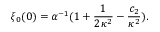
\xi _ { 0 } ( 0 ) = \alpha ^ { - 1 } ( 1 + \frac { 1 } { 2 \kappa ^ { 2 } } - \frac { c _ { 2 } } { \kappa ^ { 2 } } ) .